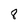
Character: 8